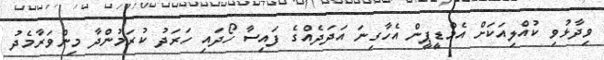
ވިދާޅުވި ކުއްލިއަކަށް އެމްޑީޕީން އެހާގިނަ އަދަދެއްގެ ފައިސާ ހޯދައި ހަރަދު ކުރަމުންދާ މިންވަރާމެދު